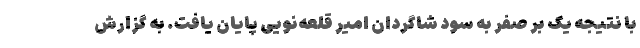
با نتیجه یک بر صفر به سود شاگردان امیر قلعه‌نویی پایان یافت. به گزارش